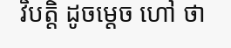
វិបត្តិ ដូចម្តេច ហៅ ថា